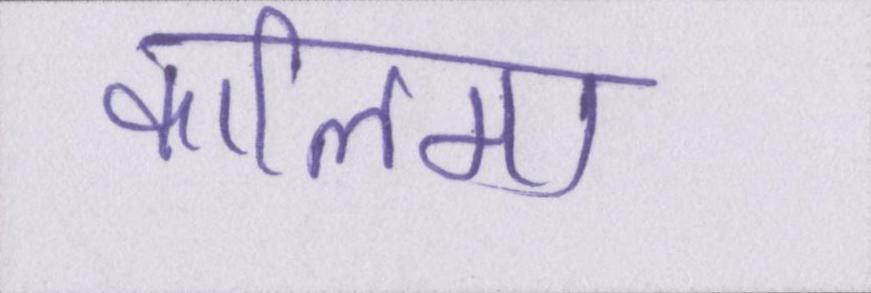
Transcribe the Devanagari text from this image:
कालिमा